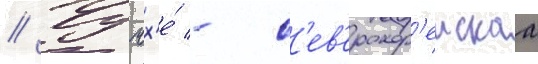
// Чучх'е́ - с'ев'ерокор'еискаа